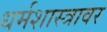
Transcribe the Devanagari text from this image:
धर्मशास्त्रावर